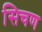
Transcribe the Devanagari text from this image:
सिचण